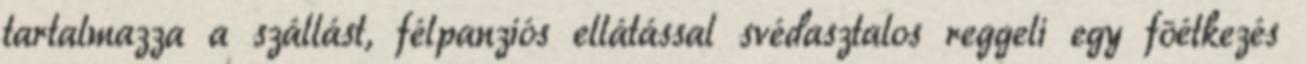
tartalmazza a szállást, félpanziós ellátással svédasztalos reggeli egy fõétkezés